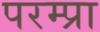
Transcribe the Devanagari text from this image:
परम्प्रा